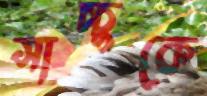
সাচ্চুকে